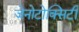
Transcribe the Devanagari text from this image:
जेनोटोक्सिटी